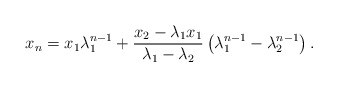
\begin{align*}x_n=x_1\lambda_1^{n-1}+\frac{x_2-\lambda_1x_1}{\lambda_1-\lambda_2}\left(\lambda_1^{n-1}-\lambda_2^{n-1}\right).\end{align*}